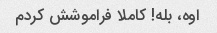
اوه، بله! کاملا فراموشش کردم